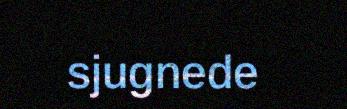
sjugnede